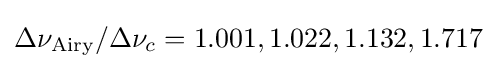
\Delta \nu _{\text{Airy}}/\Delta \nu _{c}=1.001,1.022,1.132,1.717